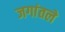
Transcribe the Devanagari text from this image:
जगांतले